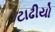
ટાઢીયો